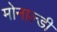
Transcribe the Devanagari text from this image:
मोनाल्डी